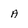
Character: a